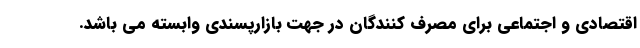
اقتصادی و اجتماعی برای مصرف کنندگان در جهت بازارپسندی وابسته می باشد.